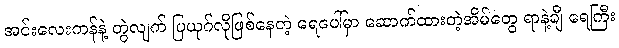
အင်းလေးကန်နဲ့ တွဲလျက် ပြယုဂ်လိုဖြစ်နေတဲ့ ရေပေါ်မှာ ဆောက်ထားတဲ့အိမ်တွေ ရာနဲ့ချီ ရေကြီး